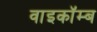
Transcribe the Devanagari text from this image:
वाइकॉम्ब